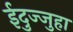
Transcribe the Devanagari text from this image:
ईदुज्जुहा